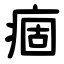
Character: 痼